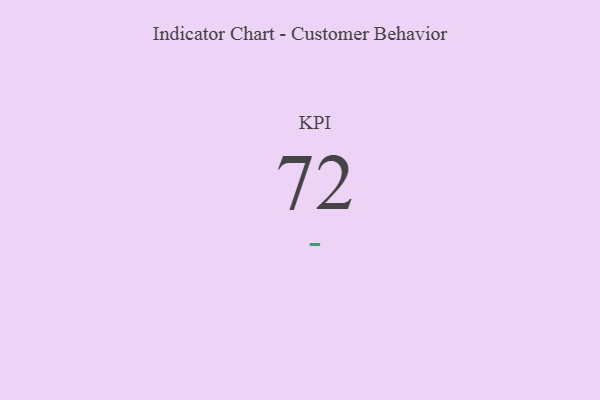
{"axis": {"x": "KPI", "y": "Value"}, "legend": [""], "data": [{"x": "KPI", "y": 72, "type": ""}]}